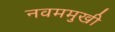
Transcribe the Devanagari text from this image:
नवममुखी